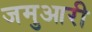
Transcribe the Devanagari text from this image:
जमुआरी